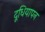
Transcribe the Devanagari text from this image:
दूधियापन